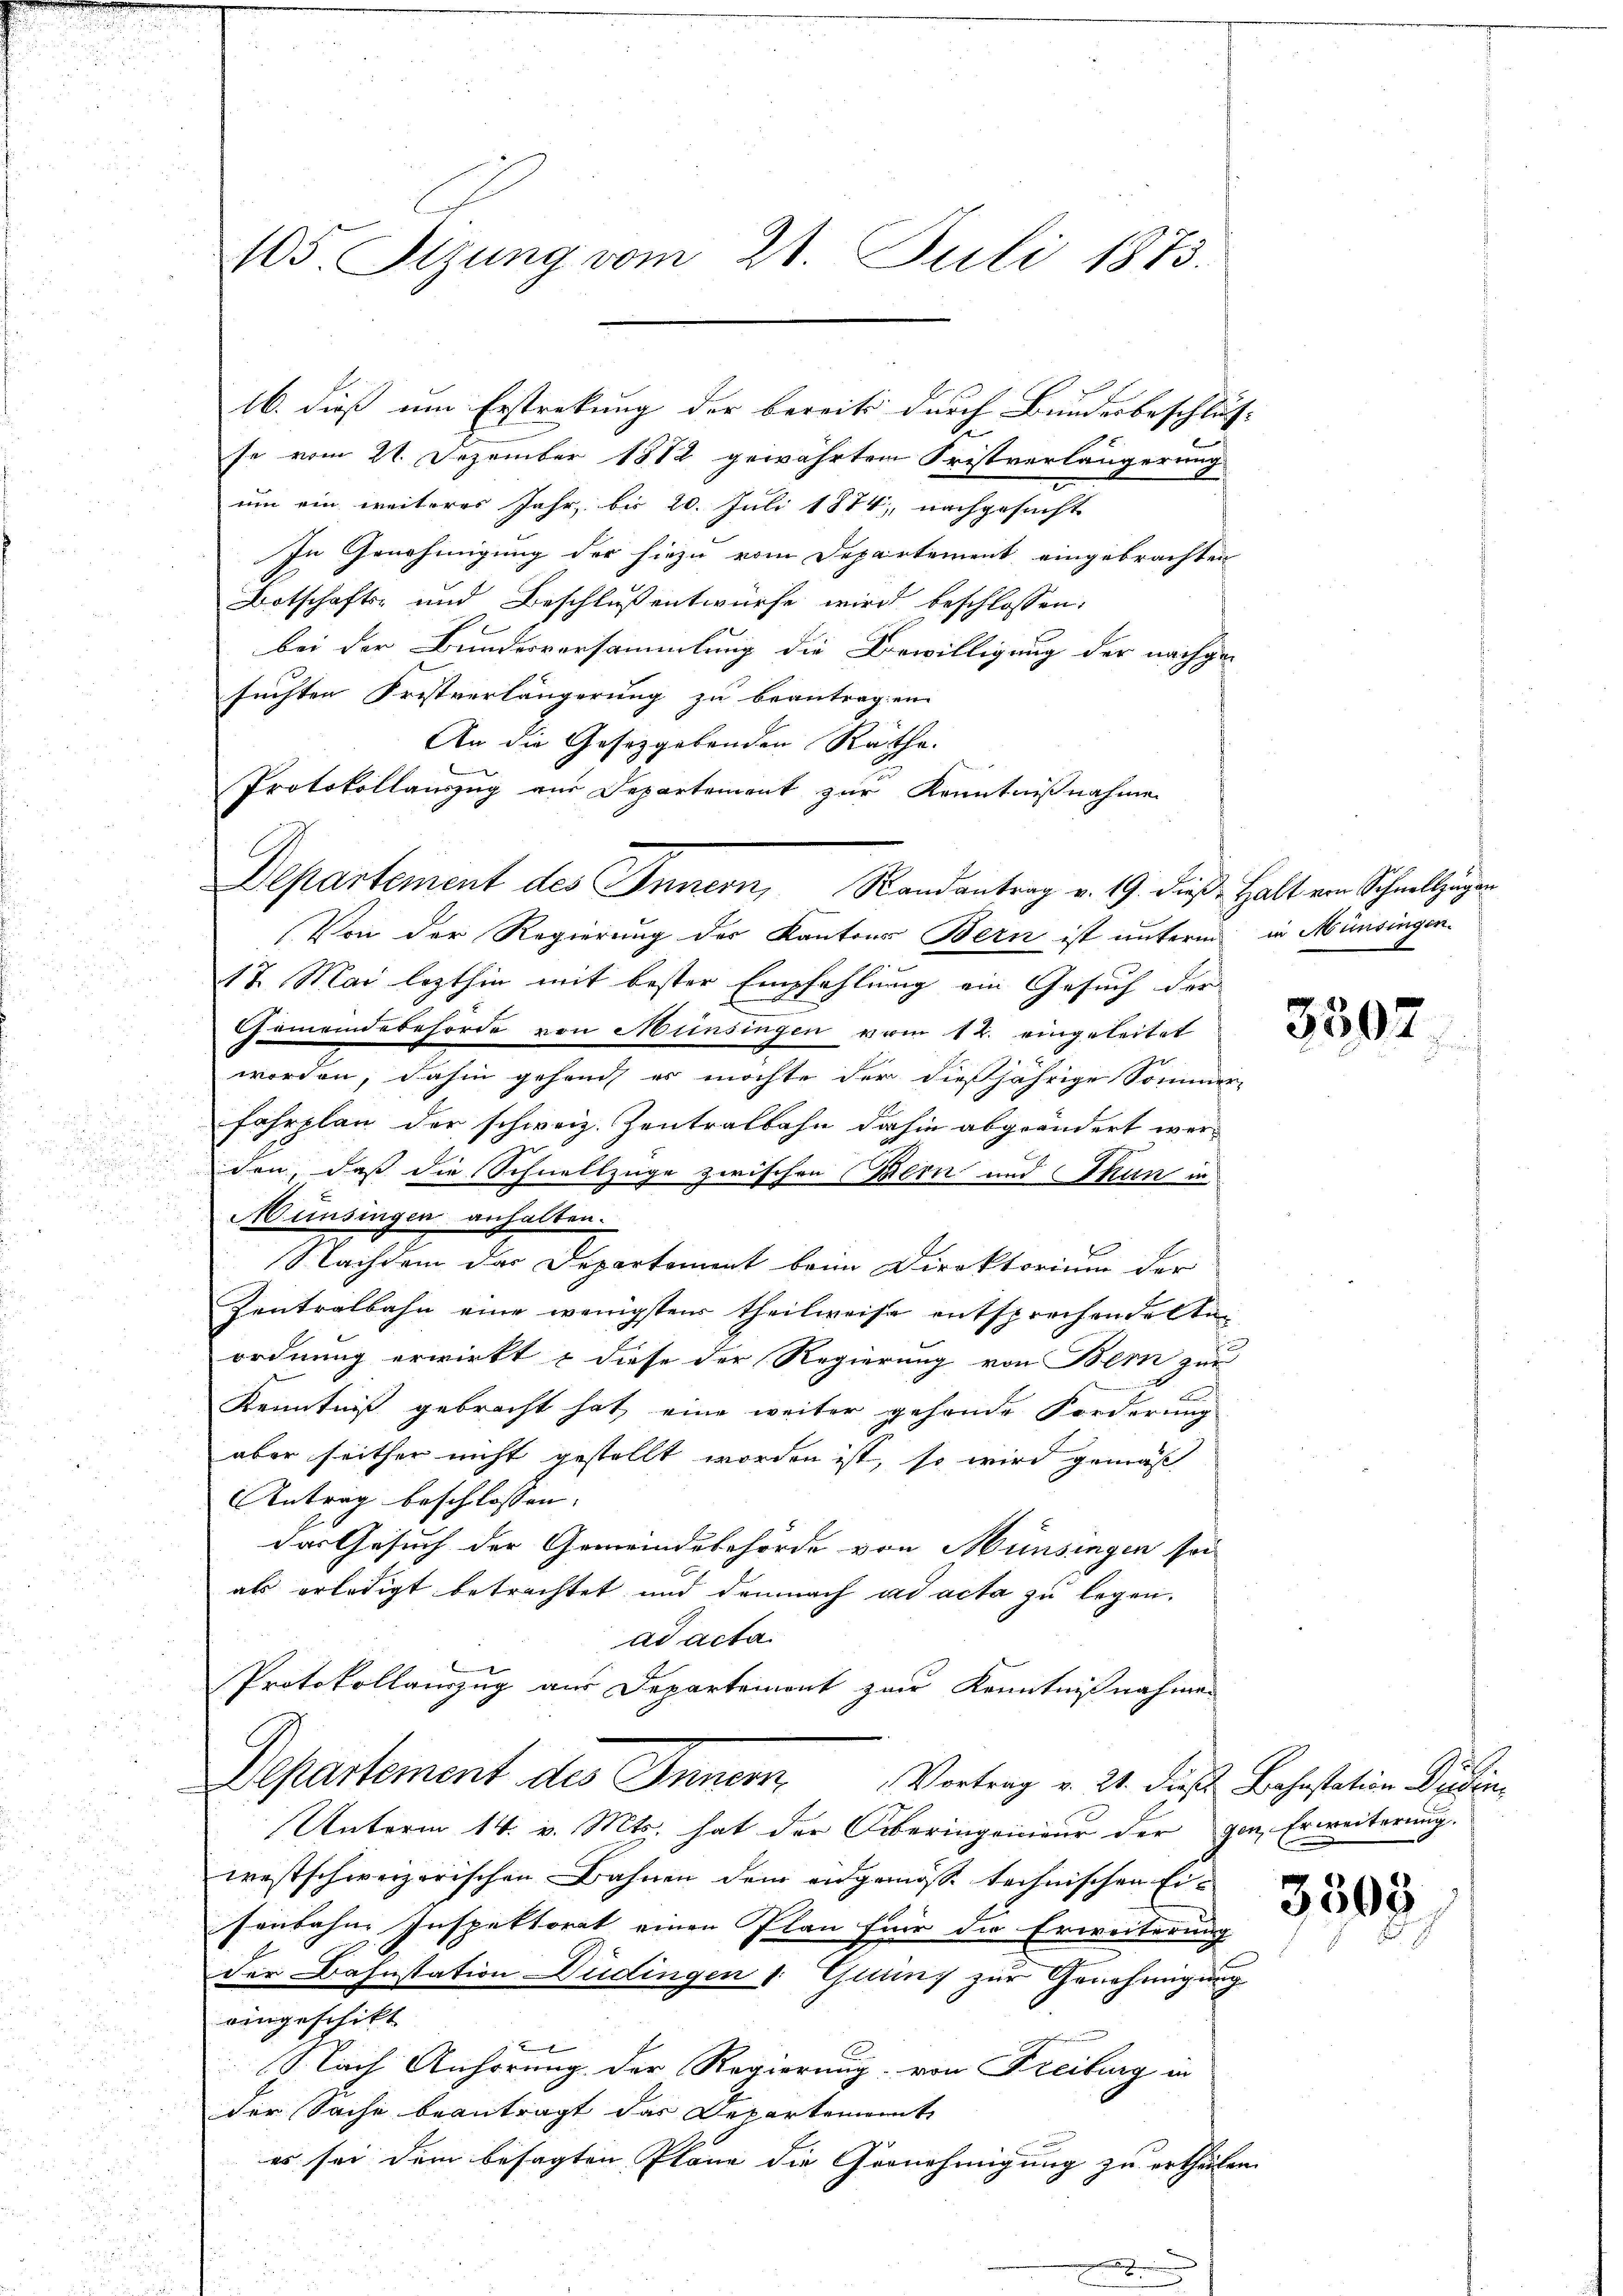
105. Sizung vom 21. Juli 1873.
16. dieß um Erstreckung der bereits durch Bundesbeschlus¬

se vom 21. Dezember 1812 gewährten Fristverlängerung
um ein weiteres Jahr, bis 20. Juli 1874 nachgesucht
In Genehmigung der hiezu vom Departement eingebrachten
Botschafts- und Beschluß entwürfe wird beschlossen:
bei der Bundesversammlung die Bewilligung der nachge-
suchten Fristverlängerung zu beantragen
An die Gesetzgebenden Räthe.
Protokollauszug aus Departement zur Kenntnißnahmen
(Von der Regierung des Kantons Bern ist unterm in Münsingen.
17. Mai lezthin mit bester Empfehlung ein Gesuch der
Gemeindebehörde von Münsingen vom 12. eingeleitet
worden, dahin gehand es möchte der dießjährige Sommer-
fahrplan der schweiz. Zentralbahn dahin abgeändert werden, daß die Schnellzüge zwischen Bern und Thun in
Münsingen anhalten.
F
Nachdem das Departement beim Direktorium der
Zentralbahn eine wenigstens theilweise entsprechenden taordnung erwirkt & diese der Regierung von Bern zur
Kenntniß gebracht hat, eine weiter gehende Forderung
aber seither nicht gestellt worden ist, so wird gemäß
Antrag beschlossen:
das Gesuch der Gemeindebehörde von Münsingen sei
als erledigt betrachtet und demnach ad acta zu legen.
ad acta.
Protokollauszug aus Departement zur Kenntnißnahmen
Departement des Inner Vortrag v. 21. diese Behanstation Bedin
Unterm 14. v. Mts. hat der Oberingenieur der gen Erweiterung.
westschweizerischen Bahnen dem eidgenösse technischen Eisenbahn Inspektorat einen Plan für die Erweiterung
der Bahnstation Düdingen 1: Guung zur Genehmigung
vingeschikt
B
 Lach Anhörung der Regierung von Freiburg in
der Sache beantragt das Departenannt
es sei dem besagten Pläne die Gernehmigung zu ertheilen.

Departement des Innern, Randantrag v. 19. dieß Halt von Schnellzügen

3507

r

3303